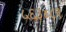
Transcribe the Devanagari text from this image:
५६३४८९